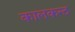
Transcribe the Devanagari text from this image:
कालकन्ठ